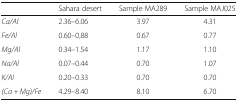
<table><thead><tr><td></td><td><b>Sahara desert</b></td><td><b>Sample MA289</b></td><td><b>Sample MAJ025</b></td></tr></thead><tbody><tr><td><i>Ca/Al</i></td><td>2.36–6.06</td><td>3.97</td><td>4.31</td></tr><tr><td><i>Fe/Al</i></td><td>0.60–0,88</td><td>0.67</td><td>0.77</td></tr><tr><td><i>Mg/Al</i></td><td>0.34–1.54</td><td>1.17</td><td>1.10</td></tr><tr><td><i>Na/Al</i></td><td>0.07–0.44</td><td>0.70</td><td>1.07</td></tr><tr><td><i>K/Al</i></td><td>0.20–0.33</td><td>0.70</td><td>0.70</td></tr><tr><td><i>(Ca + Mg)/Fe</i></td><td>4.29–8.40</td><td>8.10</td><td>6.70</td></tr></tbody></table>